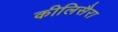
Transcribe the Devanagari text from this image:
कीलिसैरा